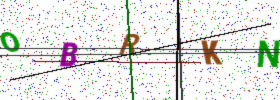
Text: OBRKN